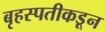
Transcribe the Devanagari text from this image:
बृहस्पतीकडून